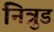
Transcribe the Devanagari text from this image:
नित्रुड